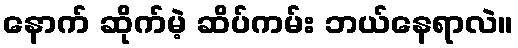
နောက် ဆိုက်မဲ့ ဆိပ်ကမ်း ဘယ်နေရာလဲ။